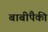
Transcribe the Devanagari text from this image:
बाबींपैकी